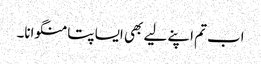
اب تم اپنے لیے بھی ایسا پتا منگوانا۔